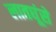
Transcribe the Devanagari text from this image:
लातघूंसे